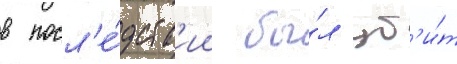
в посл'е́дств'ии бы́л уб'и́т